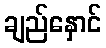
ချည်နှောင်